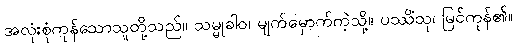
အလုံးစုံကုန်သောသူတို့သည်။ သမ္မုခါဝ၊ မျက်မှောက်ကဲ့သို့။ ပဿိံသု၊ မြင်ကုန်၏။